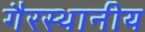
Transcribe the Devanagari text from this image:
गैरस्थानीय